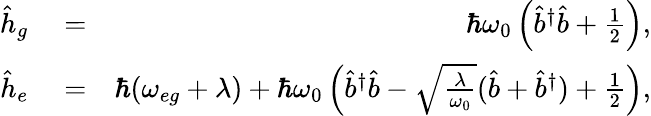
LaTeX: \begin{array}{rlr}{\hat{h}_{g}}&{{}=}&{\hbar\omega_{0}\left(\hat{b}^{\dagger}\hat{b}+\frac{1}{2}\right),}\\ {\hat{h}_{e}}&{{}=}&{\hbar(\omega_{eg}+\lambda)+\hbar\omega_{0}\left(\hat{b}^{\dagger}\hat{b}-\sqrt{\frac{\lambda}{\omega_{0}}}(\hat{b}+\hat{b}^{\dagger})+\frac{1}{2}\right),}\end{array}